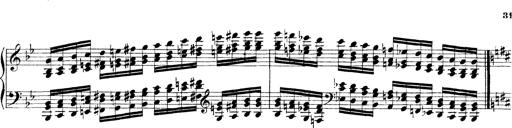
Title: Technische Studien
Composer: Franz Liszt